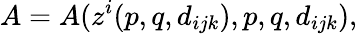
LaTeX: A=A(z^{i}(p,q,d_{ijk}),p,q,d_{ijk}),